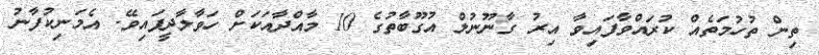
ތިން ތުހުމަތެއް ކުރައްވާފައިވާ އިރު ގާނޫނުލް އުގޫބާތުގެ 10 މާއްދާއަކަށް ހަވާލާދީފައިވޭ. އެމަނިކުފާނު